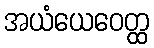
အယံယေဝေတ္ထ